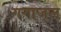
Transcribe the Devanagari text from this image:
गगाजल